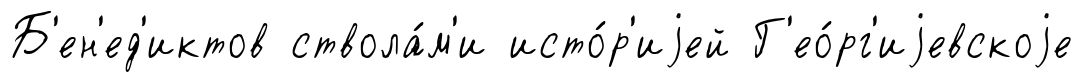
Б'ен'ед'иктов ствола́м'и исто́р'иjей Г'ео́рг'иjевскоjе